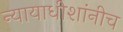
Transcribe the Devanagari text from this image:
न्यायाधीशांनीच